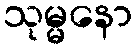
သုမ္မနော